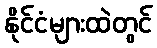
နိုင်ငံများထဲတွင်